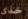
خذى